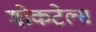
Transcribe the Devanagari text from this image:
मोकटेल्स